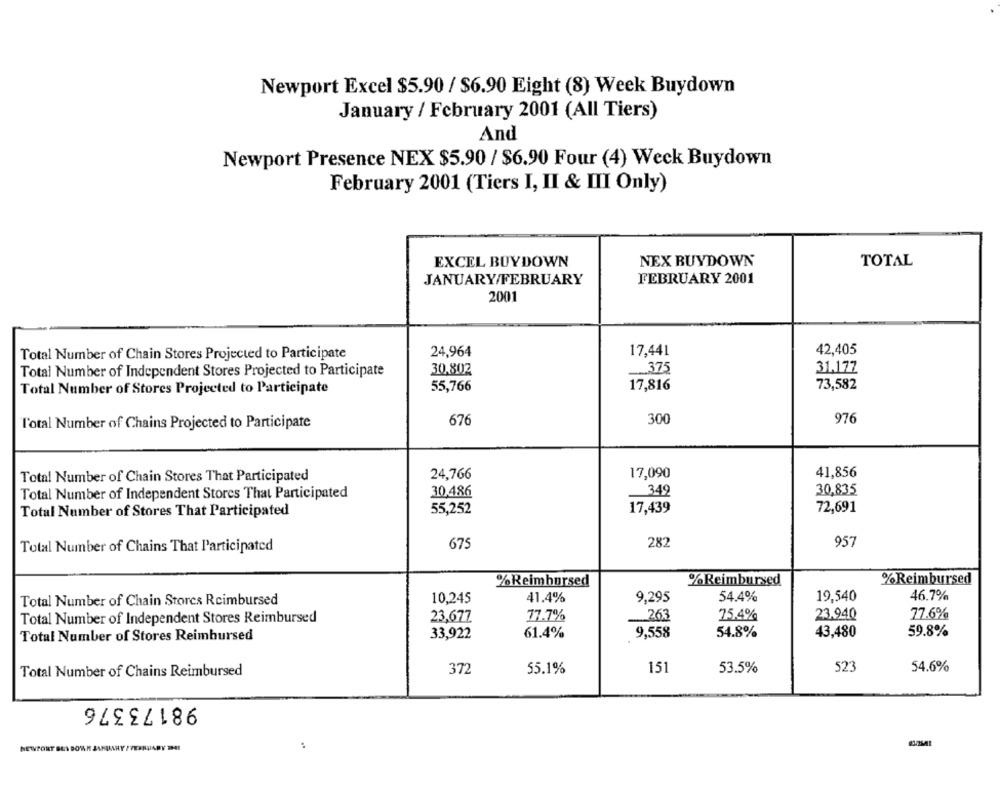
Newport Excel $5.90 / $6.90 Eight (8) Week Buydown
January / February 2001 (All Tiers)
And
Newport Presence NEX $5.90 / $6.90 Four (4) Weck Buydown
February 2001 (Tiers I, II & III Only)
EXCEL BUYDOWN
NEX BUYDOWN
TOTAL
JANUARY/FEBRUARY
FEBRUARY 2001
2001
Total Number of Chain Stores Projected to Participate
24,964
17,441
42,405
Total Number of Independent Stores Projected to Participate
30.802
375
31.177
Total Number of Stores Projected to Participate
55,766
17,816
73,582
300
976
l'otal Number of Chains Projected to Participate
676
24,766
17,090
41,856
Total Number of Chain Stores That Participated
349
30,835
Total Number of Independent Stores That Participated
30,486
Total Number of Stores That Participated
55,252
17,439
72,691
675
282
957
Total Number of Chains That Participated
%Reimbursed
%Reimbursed
%Reimbursed
Total Number of Chain Stores Reimbursed
10,245
41.4%
9,295
54.4%
19.540
46.7%
23,677
77.7%
263
75.4%
23.940
77.6%
Total Number of Independent Stores Reimbursed
61.4%
9,558
54.8%
43,480
59.8%
Total Number of Stores Reimbursed
33,922
Total Number of Chains Reimbursed
372
55.1%
151
53.5%
523
54.6%
98173376